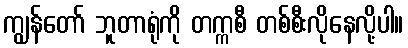
ကျွန်တော် ဘူတာရုံကို တက္ကစီ တစ်စီးလိုနေလို့ပါ။